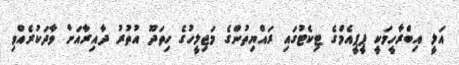
އަލީ އިބްރާހީމަކީ ޕީޕީއެމްގެ ޓިކެޓުގައި ރައްޔިތުންގެ މަޖިލީހުގެ ހިތަދޫ އުތުރު ދާއިރާއަށް ވާދަކުރެއްވި